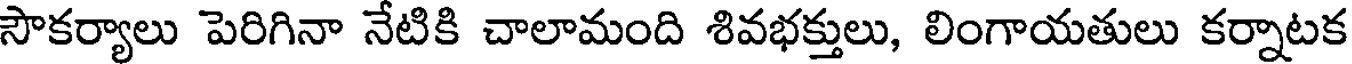
సౌకర్యాలు పెరిగినా నేటికి చాలామంది శివభక్తులు, లింగాయతులు కర్నాటక